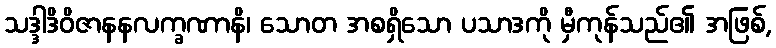
သဒ္ဒါဒိဝိဇာနနလက္ခဏာနိ၊ သောတ အစရှိသော ပသာဒကို မှီကုန်သည်၏ အဖြစ်,